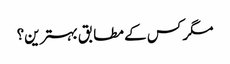
مگر کس کے مطابق بہترین؟